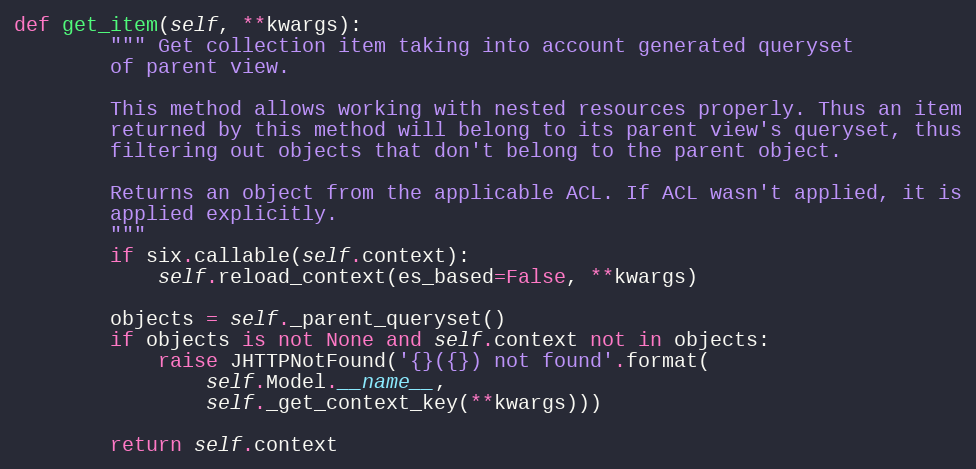
Language: Python
def get_item(self, **kwargs):
        """ Get collection item taking into account generated queryset
        of parent view.

        This method allows working with nested resources properly. Thus an item
        returned by this method will belong to its parent view's queryset, thus
        filtering out objects that don't belong to the parent object.

        Returns an object from the applicable ACL. If ACL wasn't applied, it is
        applied explicitly.
        """
        if six.callable(self.context):
            self.reload_context(es_based=False, **kwargs)

        objects = self._parent_queryset()
        if objects is not None and self.context not in objects:
            raise JHTTPNotFound('{}({}) not found'.format(
                self.Model.__name__,
                self._get_context_key(**kwargs)))

        return self.context